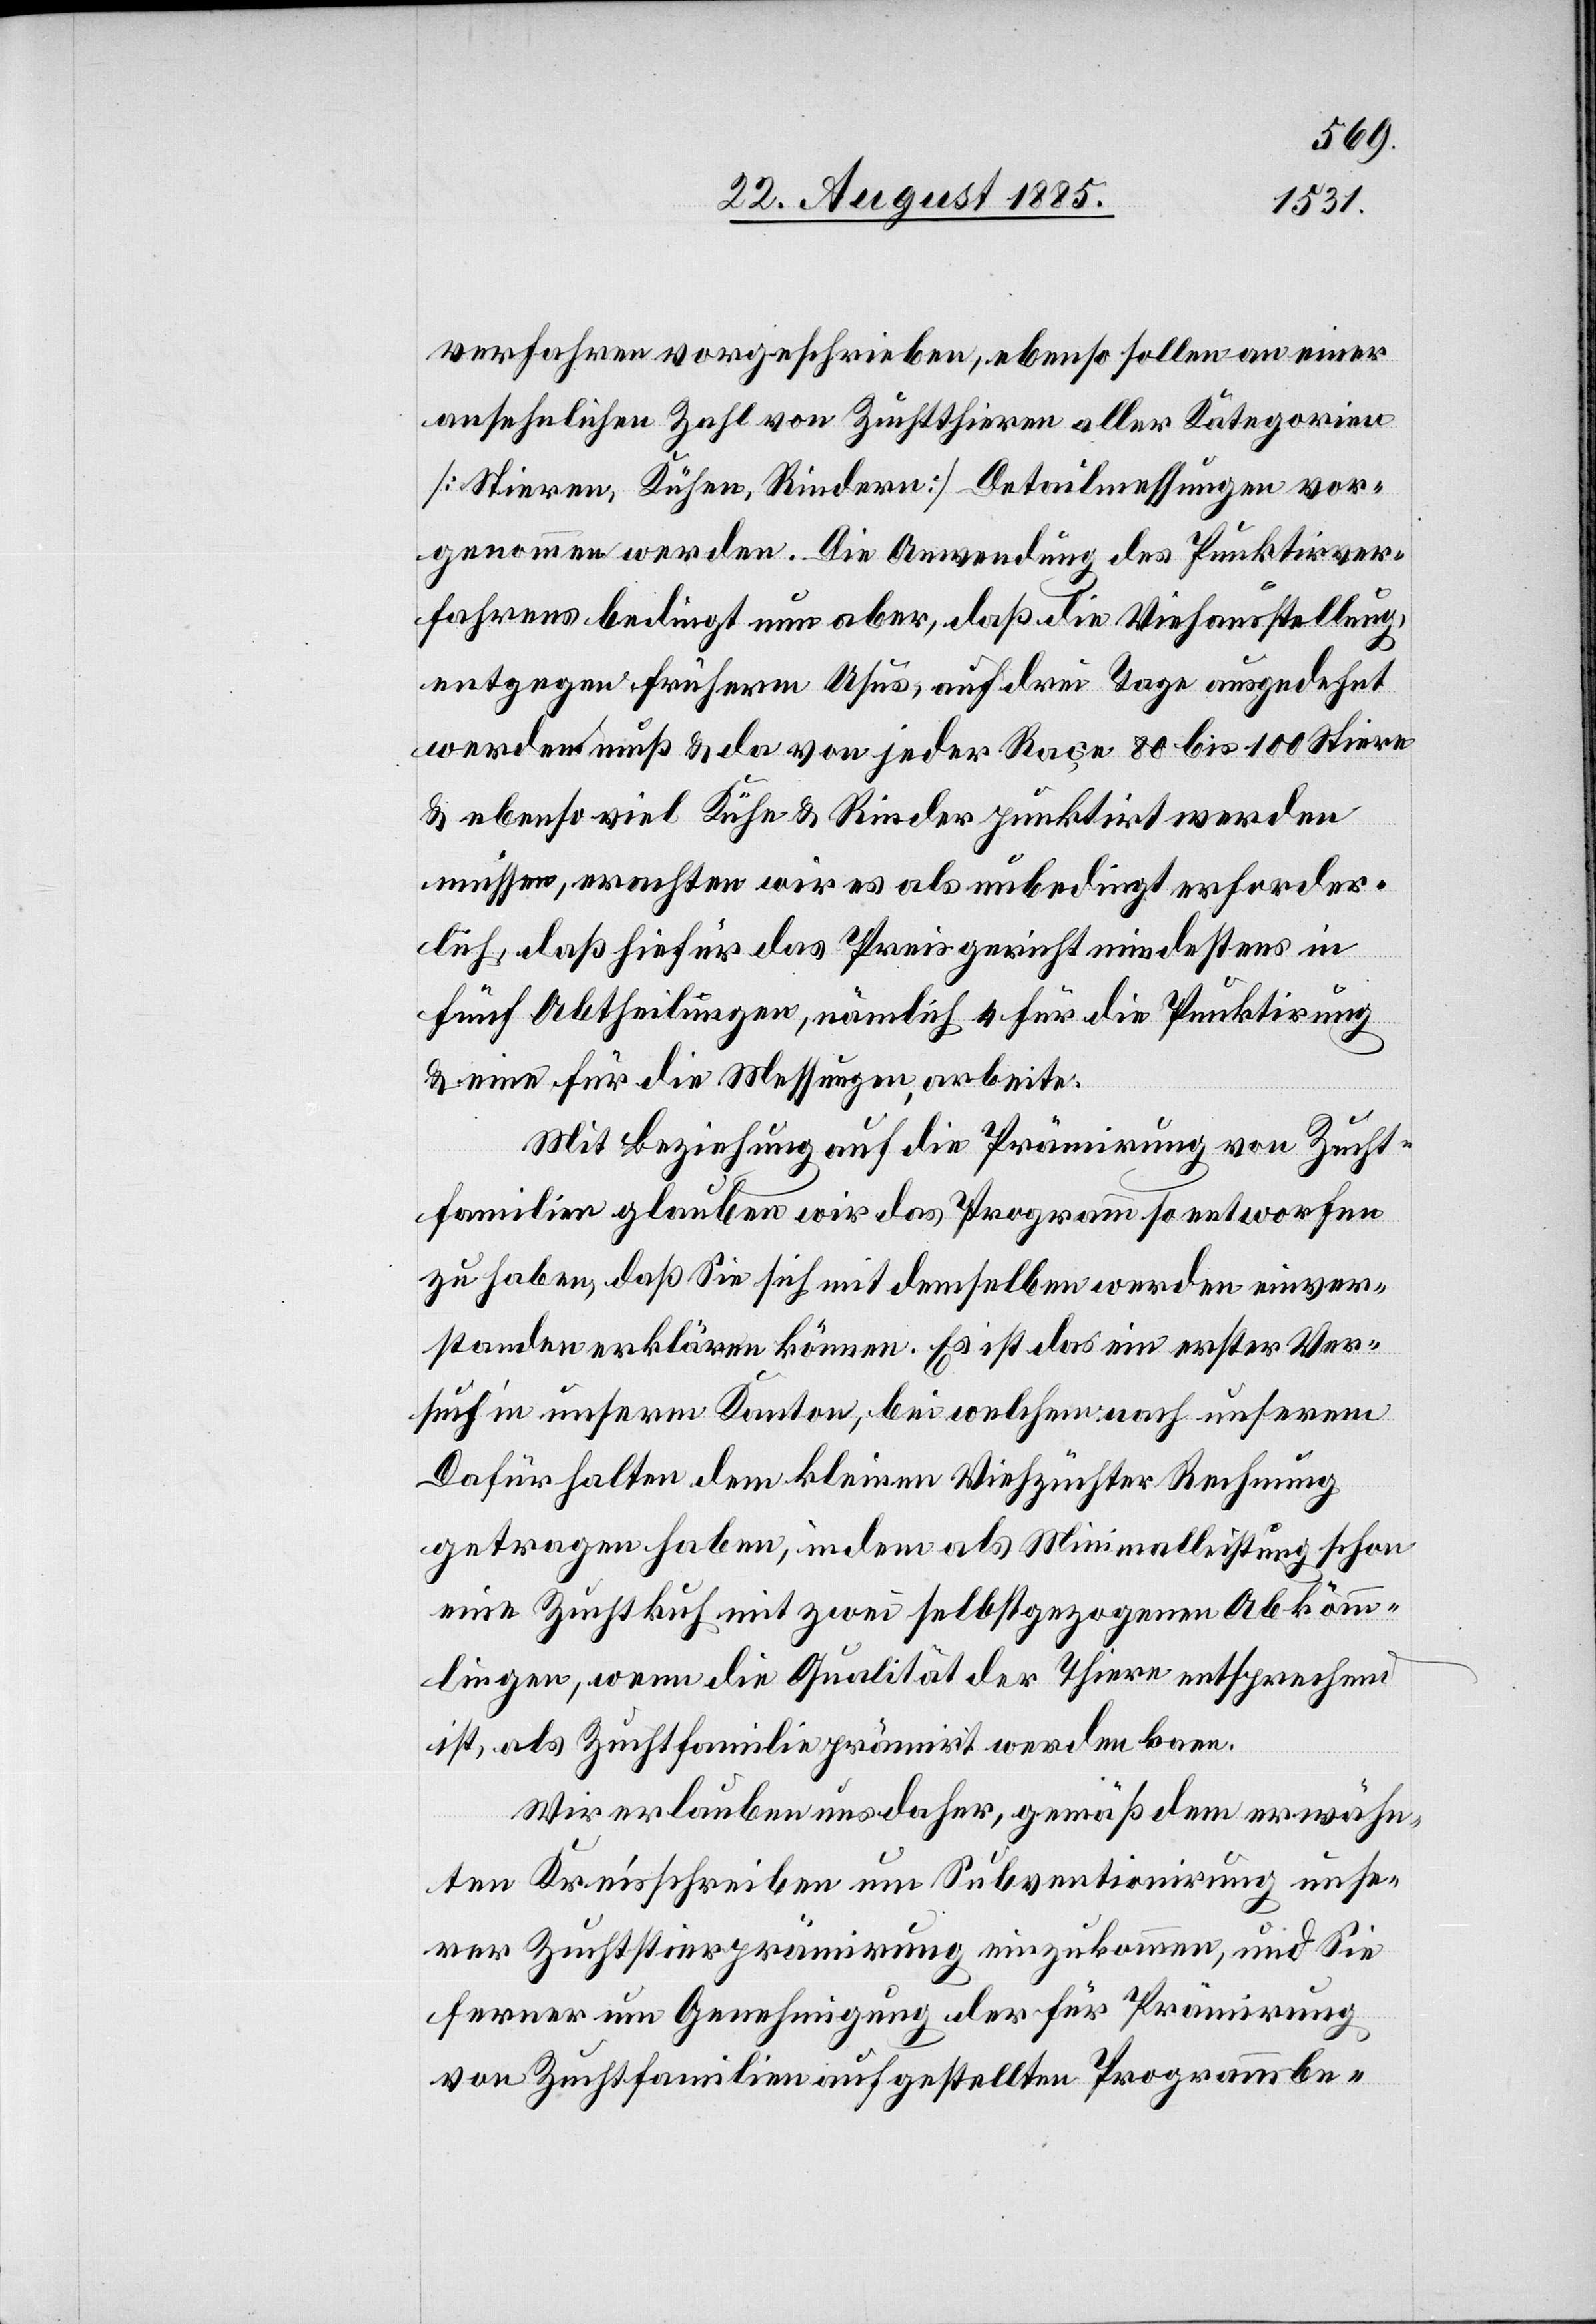
verfahren vorgeschrieben, ebenso sollen an einer
ansehnlichen Zahl von Zuchtstieren aller Kategorien
[Stieren, Kühen, Rindern] Detailmessungen vor¬
genommen werden. Die Anwendung des Punktirver¬
fahrens bedingt nun aber, daß die Viehausstellung,
entgegen früherm Usus, auf drei Tage ausgedehnt
werden muß & da von jeder Raçe 80 bis 100 Stiere
& ebenso viel Kühe & Rinder punktirt werden
müssen, erachten wir es als unbedingt erforder¬
lich, daß hiefür das Preisgericht mindestens in
fünf Abtheilungen, nämlich 4 für die Punktirung
& eine für die Messungen, arbeite.
Mit Beziehung auf die Prämirung von Zucht¬
familien glauben wir das Programm so entworfen
zu haben, daß Sie sich mit demselben werden einver¬
standen erklären können. Es ist das ein erster Ver¬
such in unserm Kanton, bei welchem [wir] nach unserm
Dafürhalten dem kleinen Viehzüchter Rechnung
getragen haben, indem als Minimalleistung schon
eine Zuchtkuh mit zwei selbstgezogenen Abkömm¬
lingen, wenn die Qualität der Thiere entsprechend
ist, als Zuchtfamilie prämirt werden kann.
Wir erlauben uns daher, gemäß dem erwähn¬
ten Kreisschreiben um Subventionirung unse¬
rer Zuchtstierprämirung einzukommen, und Sie
ferner um Genehmigung der für Prämirung
von Zuchtfamilien aufgestellten Programmbe-